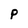
Character: P